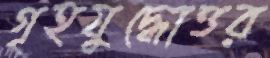
গৃহযুদ্ধোত্তর